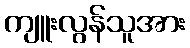
ကျူးလွန်သူအား